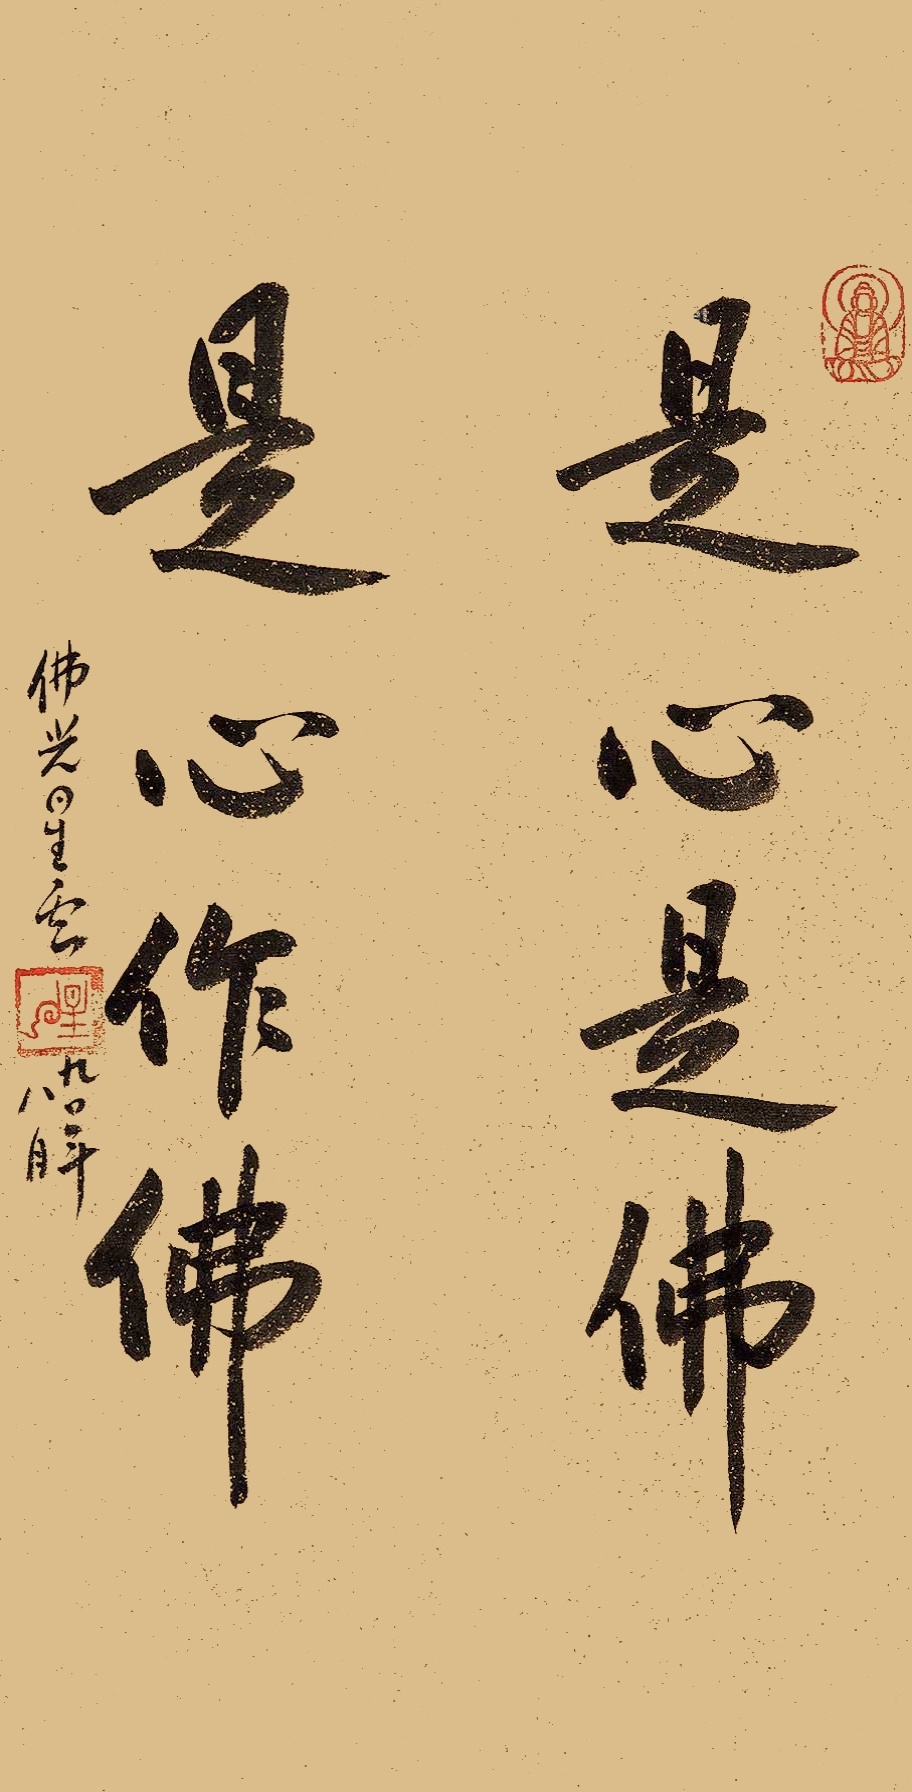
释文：是心是佛，是心作佛。佛光星云，九零年八月。